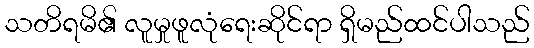
သတိရမိ၏ လူမှုဖူလုံရေးဆိုင်ရာ ရှိမည်ထင်ပါသည်